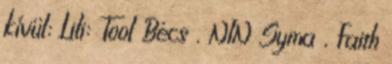
kívül: Lili: Tool Bécs , NIN Syma , Faith